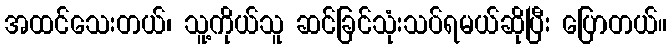
အထင်သေးတယ်၊ သူ့ကိုယ်သူ ဆင်ခြင်သုံးသပ်ရမယ်ဆိုပြီး ပြောတယ်။